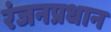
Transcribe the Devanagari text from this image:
रंजनप्रधान